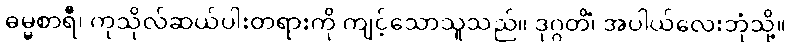
ဓမ္မစာရီ၊ ကုသိုလ်ဆယ်ပါးတရားကို ကျင့်သောသူသည်။ ဒုဂ္ဂတိံ၊ အပါယ်လေးဘုံသို့။